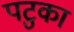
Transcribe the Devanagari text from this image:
पटुका